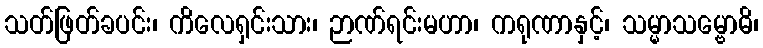
သတ်ဖြတ်ခပင်း၊ ကိလေရှင်းသား၊ ဉာဏ်ရင်းမဟာ၊ ကရုဏာနှင့်၊ သမ္မာသမ္ဗောဓိ၊